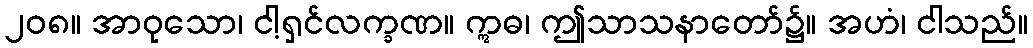
၂၀၈။ အာဝုသော၊ ငါ့ရှင်လက္ခဏ။ ဣဓ၊ ဤသာသနာတော်၌။ အဟံ၊ ငါသည်။